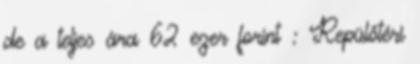
de a teljes ára 62 ezer forint : Repülőtéri